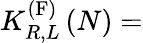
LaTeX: K_{R,L}^{\left(\mathrm{F}\right)}\left(N\right)=